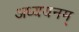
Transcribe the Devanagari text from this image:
अध्ययनम्